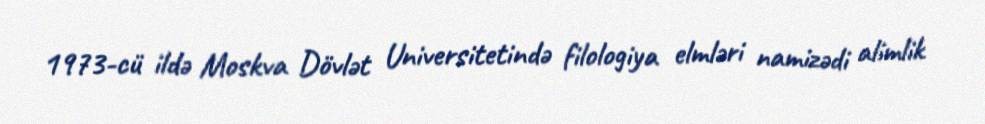
1973-cü ildə Moskva Dövlət Universitetində filologiya elmləri namizədi alimlik